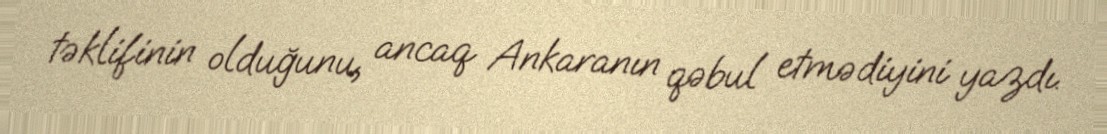
təklifinin olduğunu, ancaq Ankaranın qəbul etmədiyini yazdı.